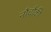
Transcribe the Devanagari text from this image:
नौचौकी